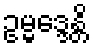
ဥမ္မဒ္ဒေန္တိ